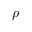
\rho